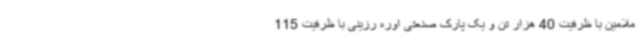
ملامین با ظرفیت 40 هزار تن و یک پارک صنعتی اوره رزینی با ظرفیت 115